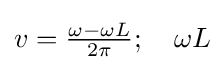
v={\tfrac {\omega -\omega L}{2\pi }};\quad \omega L